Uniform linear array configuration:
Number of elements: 24
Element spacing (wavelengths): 1
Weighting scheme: binomial
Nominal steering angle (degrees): -60
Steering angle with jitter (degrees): -60.497
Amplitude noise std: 0.05
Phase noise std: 0.05

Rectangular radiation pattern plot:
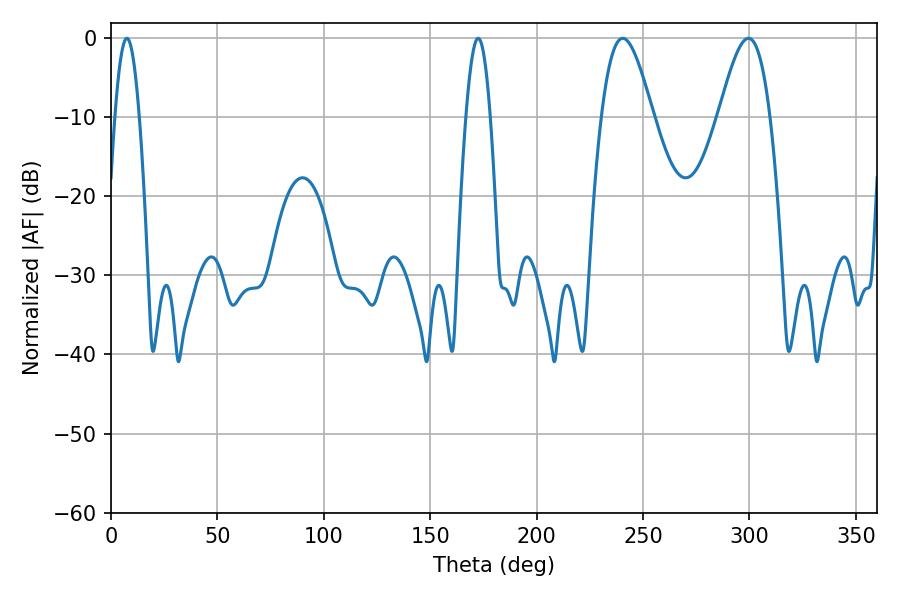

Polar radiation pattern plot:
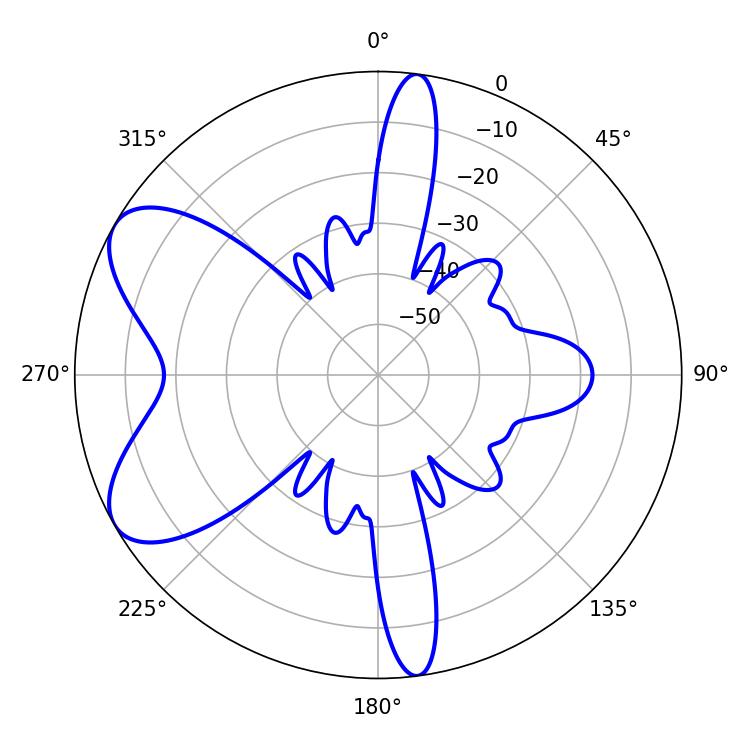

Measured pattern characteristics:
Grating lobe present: TRUE
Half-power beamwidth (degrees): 12.78
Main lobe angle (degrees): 240.48